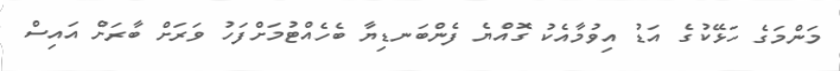
މަންމަގެ ހަޅޭކުގެ އަޑު އިވުމާއެކު ގޮއްޔެ ފެންބަނޑިޔާ ބެހެއްޓުމަށްފަހު ވަރަށް ބާރަށް އައިސް